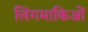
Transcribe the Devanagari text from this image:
लिंगमाकिओं